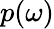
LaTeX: p(\omega)